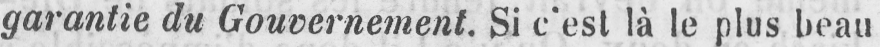
garantie du Gouvernement. Si c’est là le plus beau